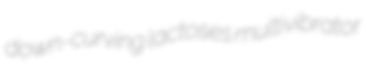
down-curving lactoses multivibrator